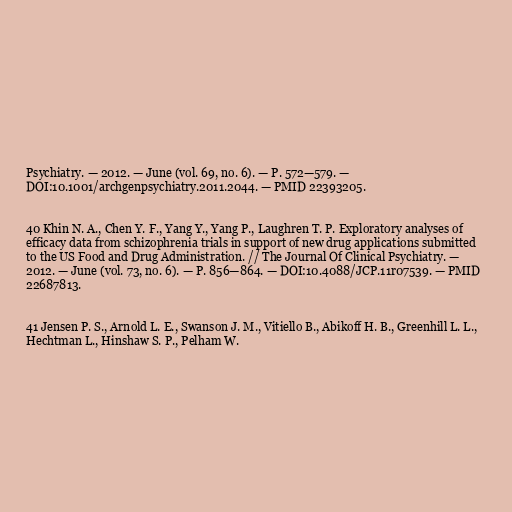
Psychiatry. — 2012. — June (vol. 69, no. 6). — P. 572—579. —
DOI:10.1001/archgenpsychiatry.2011.2044. — PMID 22393205.

40 Khin N. A., Chen Y. F., Yang Y., Yang P., Laughren T. P. Exploratory analyses of
efficacy data from schizophrenia trials in support of new drug applications submitted
to the US Food and Drug Administration. // The Journal Of Clinical Psychiatry. —
2012. — June (vol. 73, no. 6). — P. 856—864. — DOI:10.4088/JCP.11r07539. — PMID
22687813.

41 Jensen P. S., Arnold L. E., Swanson J. M., Vitiello B., Abikoff H. B., Greenhill L. L.,
Hechtman L., Hinshaw S. P., Pelham W.